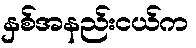
နှစ်အနည်းငယ်က